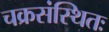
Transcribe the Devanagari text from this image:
चक्रसंस्थितः